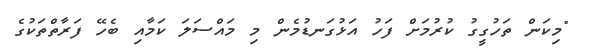
"މިކަން ތަހުގީގު ކުރުމަށް ފަހު އަޅުގަނޑުމެން މި މައްސަލަ ކަމާއި ބެހޭ ފަރާތްތަކުގެ